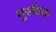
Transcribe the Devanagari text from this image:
गुस्सैला